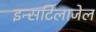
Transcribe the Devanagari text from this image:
इन्सटिलाजेल